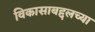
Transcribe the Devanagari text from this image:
विकासाबद्दलच्या